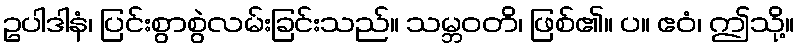
ဥပါဒါနံ၊ ပြင်းစွာစွဲလမ်းခြင်းသည်။ သမ္ဘဝတိ၊ ဖြစ်၏။ ပ။ ဧဝံ၊ ဤသို့။